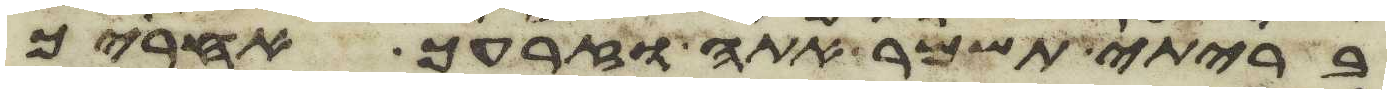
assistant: בריתי תשמר אתה וזרעך אחריך